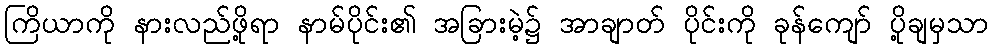
ကြိယာကို နားလည်ဖို့ရာ နာမ်ပိုင်း၏ အခြားမဲ့၌ အာချာတ် ပိုင်းကို ခုန်ကျော် ပို့ချမှသာ